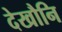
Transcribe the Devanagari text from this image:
देखौनि